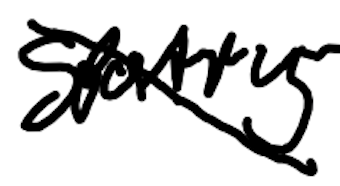
Text: Sporting
Cross-out: diagonal
Writing tool: digital_black